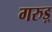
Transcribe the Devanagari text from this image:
गरुड़्